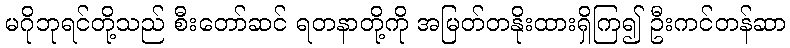
မဂိုဘုရင်တို့သည် စီးတော်ဆင် ရတနာတို့ကို အမြတ်တနိုးထားရှိကြ၍ ဦးကင်တန်ဆာ